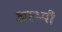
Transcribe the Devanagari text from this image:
अस्थ्यी